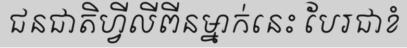
ជនជាតិហ្វីលីពីនម្នាក់នេះ បែរជាខំ